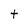
Character: t